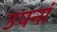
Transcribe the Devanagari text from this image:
उपनां